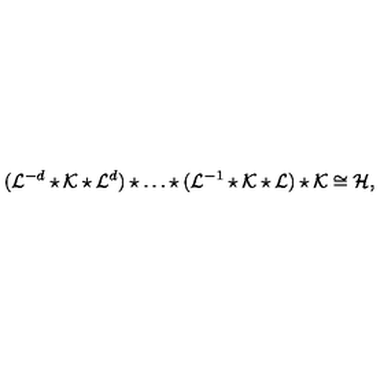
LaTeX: ( { \cal L } ^ { - d } \star { \cal K } \star { \cal L } ^ { d } ) \star \ldots \star ( { \cal L } ^ { - 1 } \star \cal { K } \star \cal { L } ) \star \cal { K } \cong { \cal H } ,